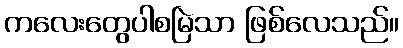
ကလေးတွေပါစမြဲသာ ဖြစ်လေသည်။